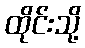
ထိုင်းသို့